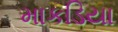
માકડિયા